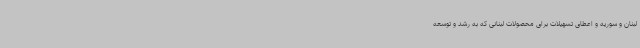
لبنان و سوریه و اعطای تسهیلات برای محصولات لبنانی که به رشد و توسعه